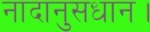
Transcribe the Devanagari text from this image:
नादानुसधान।